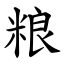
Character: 粮